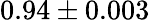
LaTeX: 0.94\pm 0.003